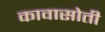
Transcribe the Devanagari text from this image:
कावासोती